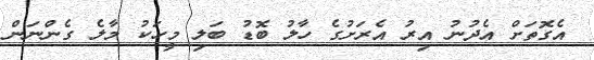
އެގޮތަށް އެދުނު އިރު އެރަށުގެ ހާލު ބޮޑު ބަލި މީހަކު މާލެ ގެންނަން